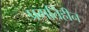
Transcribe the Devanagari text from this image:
प्रगतिहीन